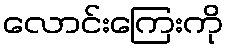
လောင်းကြေးကို